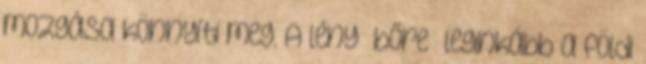
mozgása könnyíti meg. A lény „bőre” leginkább a földi